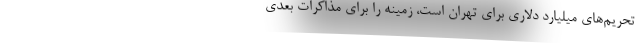
تحریم‌های میلیارد دلاری برای تهران است، زمینه را برای مذاکرات بعدی